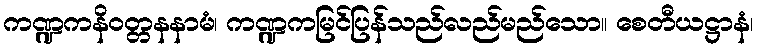
ကဏ္ဍကနိဝတ္တနနာမံ၊ ကဏ္ဍကမြင်ပြန်သည်လည်မည်သော။ စေတီယဋ္ဌာနံ၊